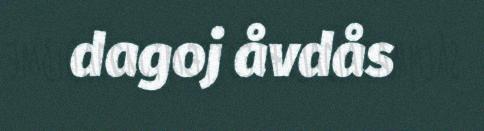
dagoj åvdås